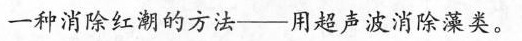
一种消除红潮的方法——用超声波消除藻类。